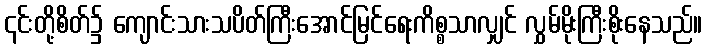
၎င်းတို့စိတ်၌ ကျောင်းသားသပိတ်ကြီးအောင်မြင်ရေးကိစ္စသာလျှင် လွှမ်မိုးကြီးစိုးနေသည်။